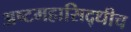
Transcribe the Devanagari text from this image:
अष्टमहासिद्धीच